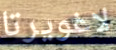
لاغويرتا